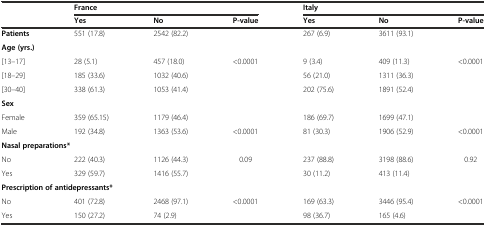
<table><thead><tr><td>[EMPTY_CELL]</td><td colspan="3"><b>France</b></td><td colspan="3"><b>Italy</b></td></tr><tr><td>[EMPTY_CELL]</td><td><b>Yes</b></td><td><b>No</b></td><td><b>P-value</b></td><td><b>Yes</b></td><td><b>No</b></td><td><b>P-value</b></td></tr></thead><tbody><tr><td><b>Patients</b></td><td>551 (17.8)</td><td>2542 (82.2)</td><td>[EMPTY_CELL]</td><td>267 (6.9)</td><td>3611 (93.1)</td><td>[EMPTY_CELL]</td></tr><tr><td colspan="7"><b>Age (yrs.)</b></td></tr><tr><td>[13–17]</td><td>28 (5.1)</td><td>457 (18.0)</td><td>&lt;0.0001</td><td>9 (3.4)</td><td>409 (11.3)</td><td>&lt;0.0001</td></tr><tr><td>[18–29]</td><td>185 (33.6)</td><td>1032 (40.6)</td><td>[EMPTY_CELL]</td><td>56 (21.0)</td><td>1311 (36.3)</td><td>[EMPTY_CELL]</td></tr><tr><td>[30–40]</td><td>338 (61.3)</td><td>1053 (41.4)</td><td>[EMPTY_CELL]</td><td>202 (75.6)</td><td>1891 (52.4)</td><td>[EMPTY_CELL]</td></tr><tr><td colspan="7"><b>Sex</b></td></tr><tr><td>Female</td><td>359 (65.15)</td><td>1179 (46.4)</td><td>[EMPTY_CELL]</td><td>186 (69.7)</td><td>1699 (47.1)</td><td>[EMPTY_CELL]</td></tr><tr><td>Male</td><td>192 (34.8)</td><td>1363 (53.6)</td><td>&lt;0.0001</td><td>81 (30.3)</td><td>1906 (52.9)</td><td>&lt;0.0001</td></tr><tr><td colspan="7"><b>Nasal preparations*</b></td></tr><tr><td>No</td><td>222 (40.3)</td><td>1126 (44.3)</td><td>0.09</td><td>237 (88.8)</td><td>3198 (88.6)</td><td>0.92</td></tr><tr><td>Yes</td><td>329 (59.7)</td><td>1416 (55.7)</td><td>[EMPTY_CELL]</td><td>30 (11.2)</td><td>413 (11.4)</td><td>[EMPTY_CELL]</td></tr><tr><td colspan="7"><b>Prescription of antidepressants*</b></td></tr><tr><td>No</td><td>401 (72.8)</td><td>2468 (97.1)</td><td>&lt;0.0001</td><td>169 (63.3)</td><td>3446 (95.4)</td><td>&lt;0.0001</td></tr><tr><td>Yes</td><td>150 (27.2)</td><td>74 (2.9)</td><td>[EMPTY_CELL]</td><td>98 (36.7)</td><td>165 (4.6)</td><td>[EMPTY_CELL]</td></tr></tbody></table>